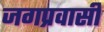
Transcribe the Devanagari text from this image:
जगप्रवासी